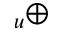
_ u \oplus